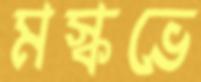
মস্কভে